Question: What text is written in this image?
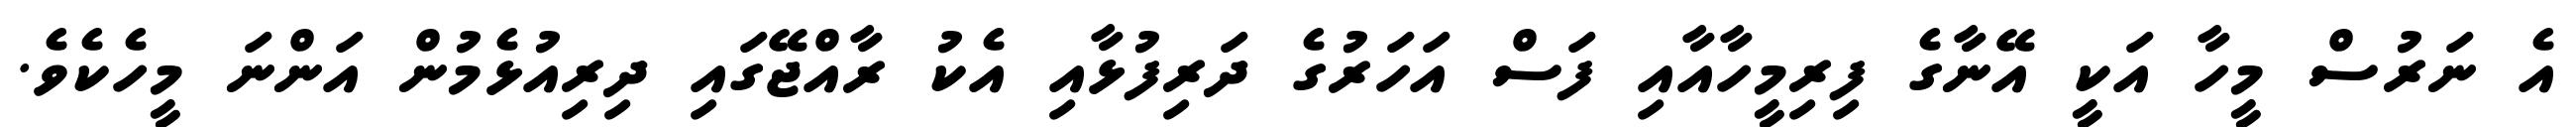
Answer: އެ ނަރުސް މީހާ އަކީ އޭނާގެ ފިރިމީހާއާއި ފަސް އަހަރުގެ ދަރިފުޅާއި އެކު ރާއްޖޭގައި ދިރިއުޅެމުން އަންނަ މީހެކެވެ.